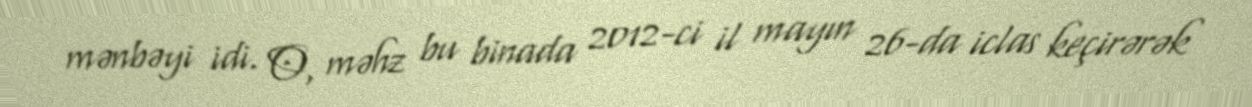
mənbəyi idi. O, məhz bu binada 2012-ci il mayın 26-da iclas keçirərək